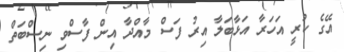
އޭގެ ކުރީ އަހަރާ އަޅާބަލާ އިރު ފަސް މާއްދާ އިން ފާސްވި ނިސްބަތް